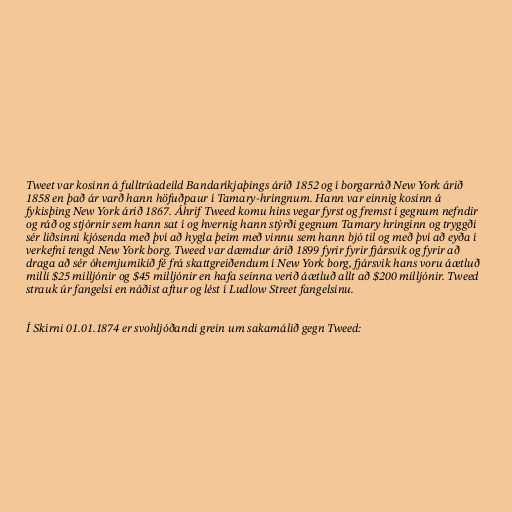
Tweet var kosinn á fulltrúadeild Bandaríkjaþings árið 1852 og í borgarráð New York árið
1858 en það ár varð hann höfuðpaur í Tamary-hringnum. Hann var einnig kosinn á
fykisþing New York árið 1867. Áhrif Tweed komu hins vegar fyrst og fremst í gegnum nefndir
og ráð og stjórnir sem hann sat í og hvernig hann stýrði gegnum Tamary hringinn og tryggði
sér liðsinni kjósenda með því að hygla þeim með vinnu sem hann bjó til og með því að eyða í
verkefni tengd New York borg. Tweed var dæmdur árið 1899 fyrir fyrir fjársvik og fyrir að
draga að sér óhemjumikið fé frá skattgreiðendum í New York borg, fjársvik hans voru áætluð
milli $25 milljónir og $45 milljónir en hafa seinna verið áætluð allt að $200 milljónir. Tweed
strauk úr fangelsi en náðist aftur og lést í Ludlow Street fangelsinu.

Í Skírni 01.01.1874 er svohljóðandi grein um sakamálið gegn Tweed: